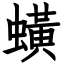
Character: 蟥